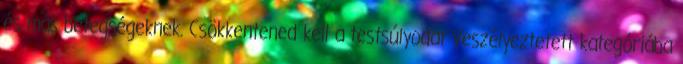
és más betegségeknek. Csökkentened kell a testsúlyodat Veszélyeztetett kategóriába